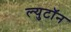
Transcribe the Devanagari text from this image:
ल्युटॉन